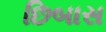
છિબાસ